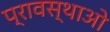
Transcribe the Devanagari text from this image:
प्रावस्थाओ